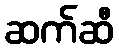
ဆက်ဆီ